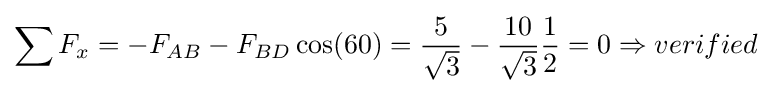
\sum F_{x}=-F_{AB}-F_{BD}\cos(60)={\frac {5}{\sqrt {3}}}-{\frac {10}{\sqrt {3}}}{\frac {1}{2}}=0\Rightarrow verified